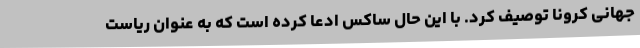
جهانی کرونا توصیف کرد. با این حال ساکس ادعا کرده است که به عنوان ریاست